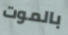
بالموت